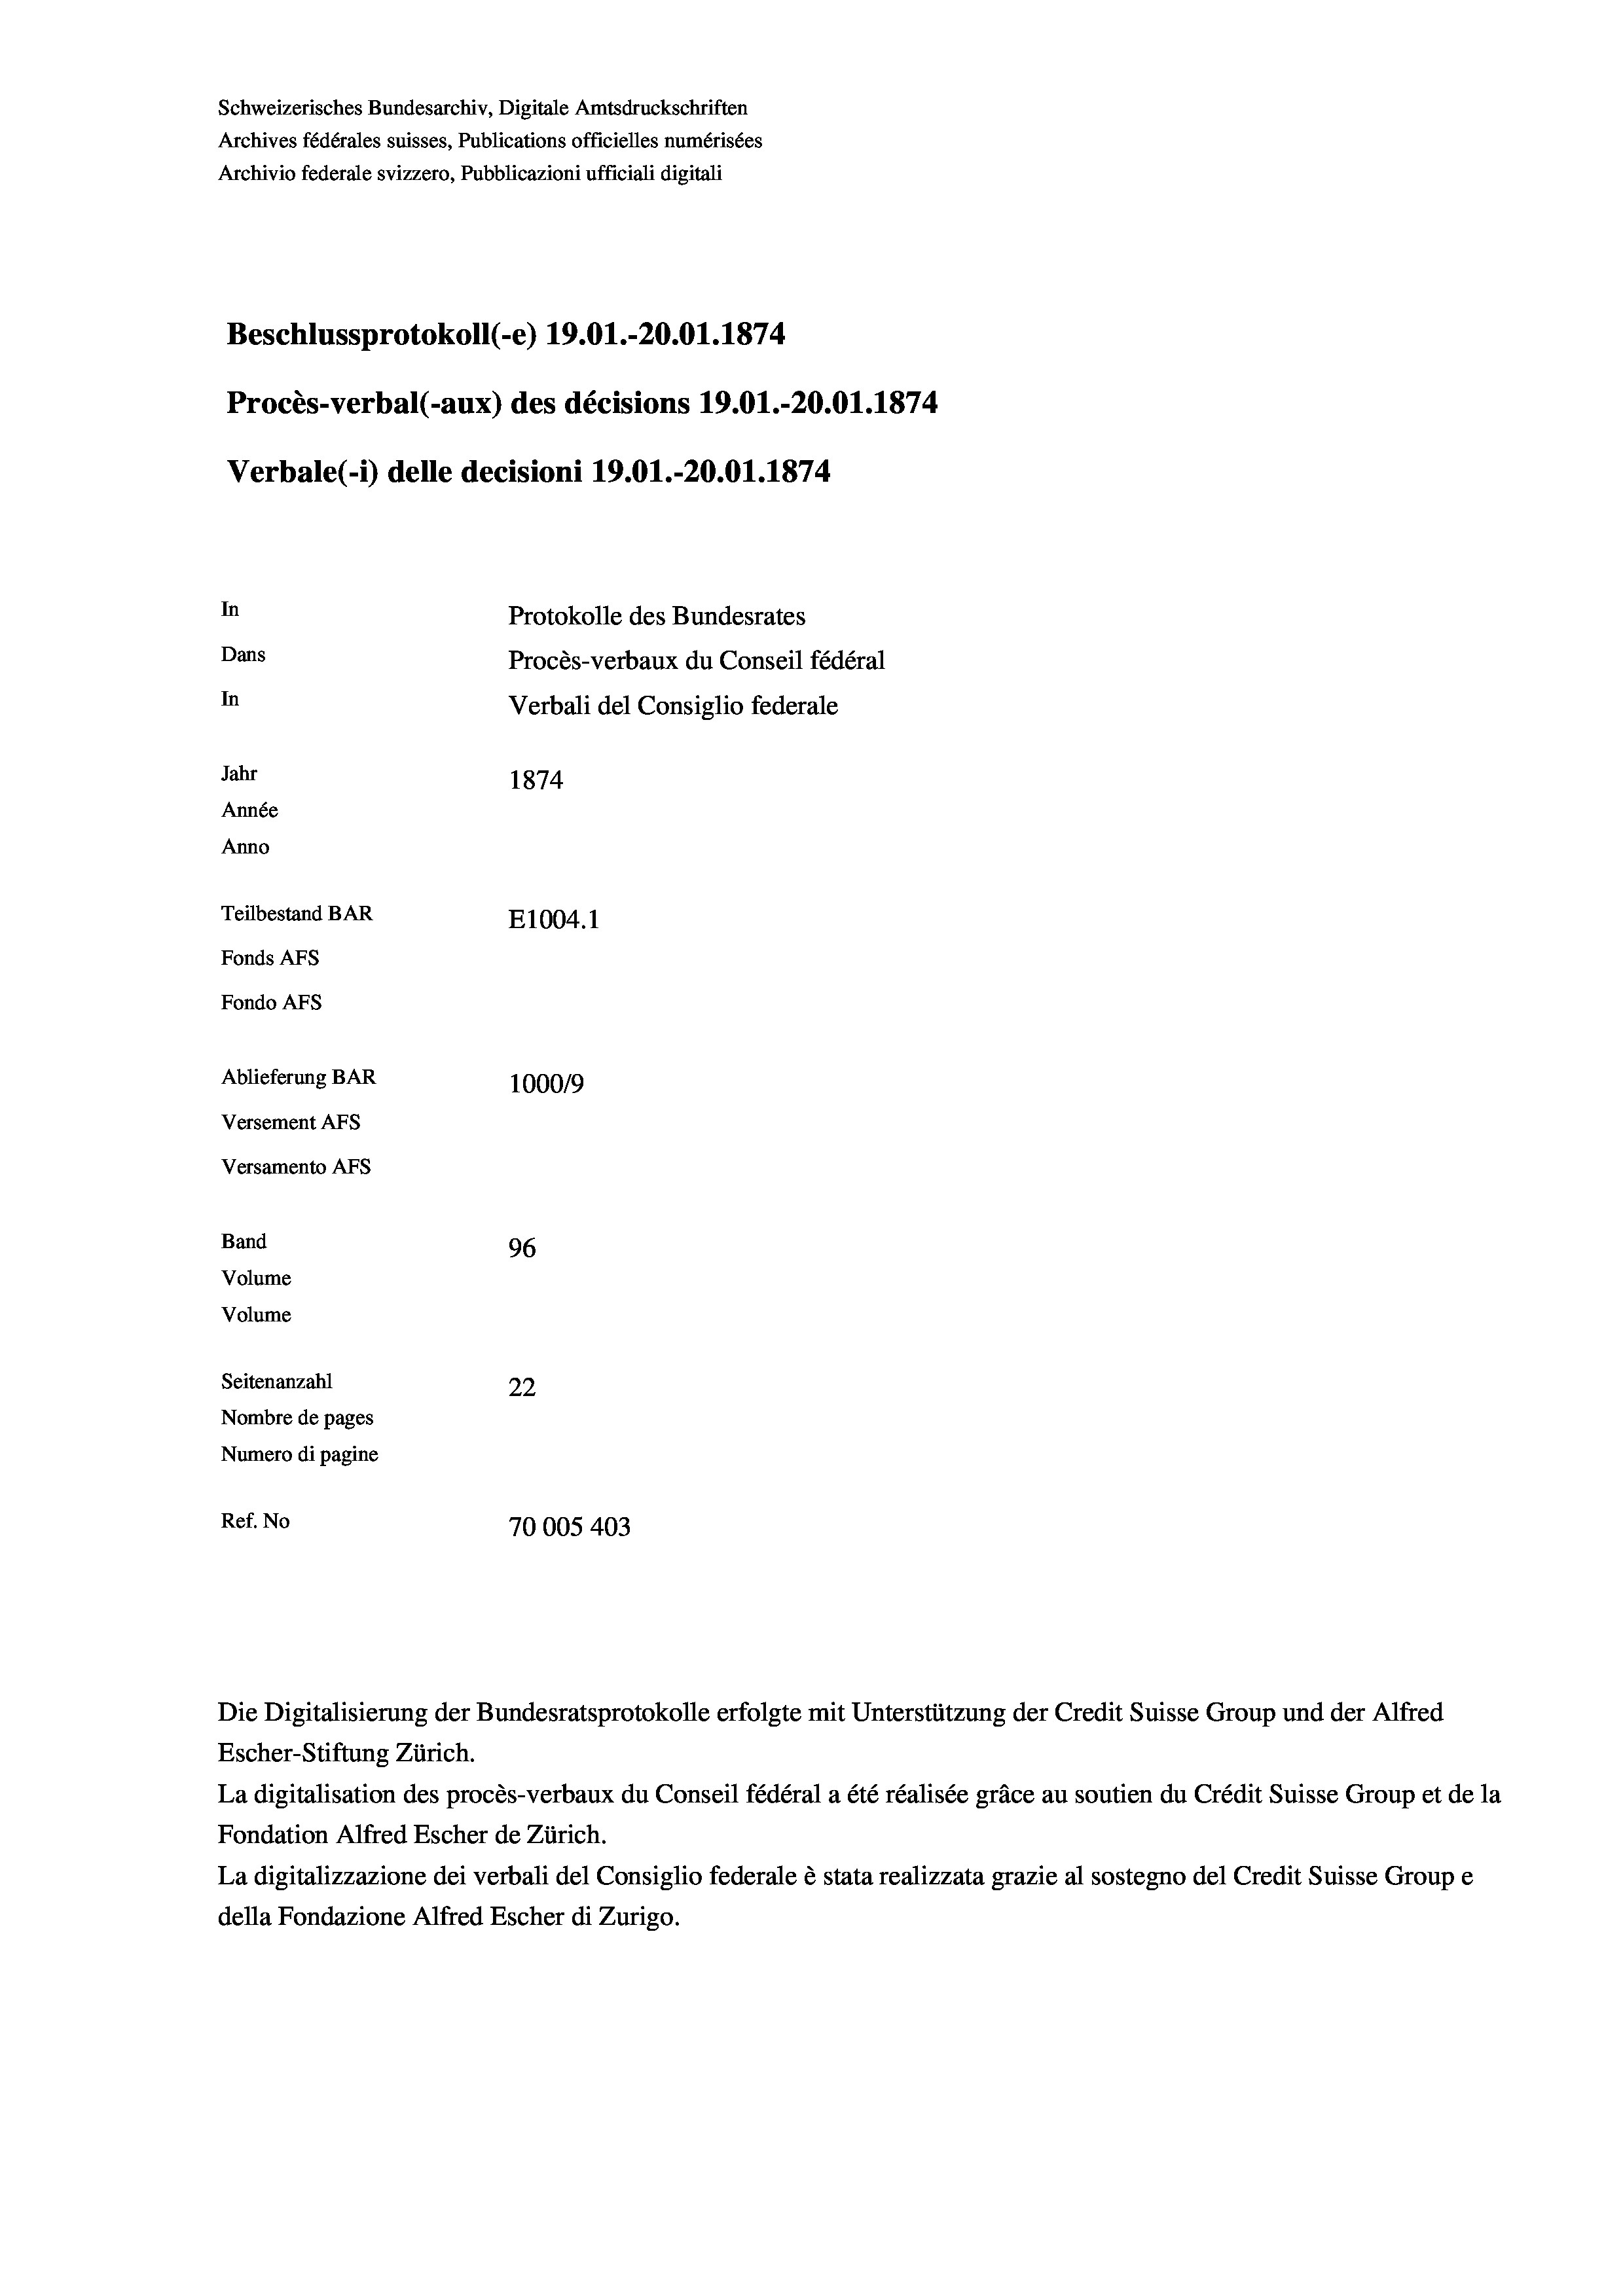
Schweizerisches Bundesarchiv, Digitale Amtsdruckschriften
Archives fédérales suisses, Publications officielles numérisées
Archivio federale svizzero, Pubblicazioni ufficiali digitali
Beschlussprotokoll (-e) 19.01.-20.01. 1874.
Procès-verbal (-aux) des décisions 19.01.-20.01. 1874
Verbale(-*) delle decisioni 19.01.-20.01. 1874
In
Protokolle des Bundesrates
Dans
Procès-verbaux du Conseil fédéral
In
Verbali del Consiglio federale
Jahr
1874
Année
Anno
Teilbestand BAR
E1004. 1
Fonds AFs
Fondo AFS
Ablieferung BAR
100019
Versement AFs
Versamento AFS
Band
96
Volume
Volume
Seitenanzahl
22
Nombre de pages
Numero di pagine
Ref. No
70005 403

La digitalisation des procès-verbaux du Conseil fédéral a été réalisée gräce au soutien du Crédit Suisse Group et de la
Fondation Alfred Escher de Zürich.
La digitalizzazione dei verbali del Consiglio federale è stata realizzata grazie al sostegno del Credit Suisse Groupe
della Fondazione Alfred Escher di Zurigo.

Die Digitalisierung der Bundesratsprotokolle erfolgte mit Unterstützung der Credit Suisse Group und der Alfred
Escher-Stiftung Zürich.